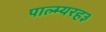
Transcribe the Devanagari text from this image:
पाल्म्यरह३